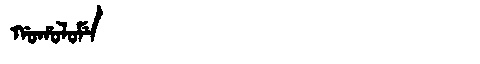
Manchu: ᡤᠣᡥᠣᠯᠣᠮᡝ
Romanization: GOHOLOME